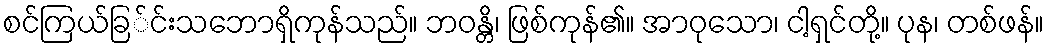
စင်ကြယ်ခြ်င်းသဘောရှိကုန်သည်။ ဘဝန္တိ၊ ဖြစ်ကုန်၏။ အာဝုသော၊ ငါ့ရှင်တို့။ ပုန၊ တစ်ဖန်။